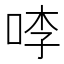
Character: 𭇶